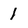
Character: 1